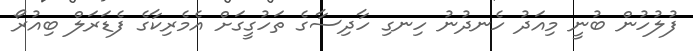
ފުލުހުން ބުނީ މިއަދު ހެނދުނު ހިނގި ހާދިސާގެ ތަހުގީގަށް އެމެރިކާގެ ފެޑަރަލް ބިއުރޯ